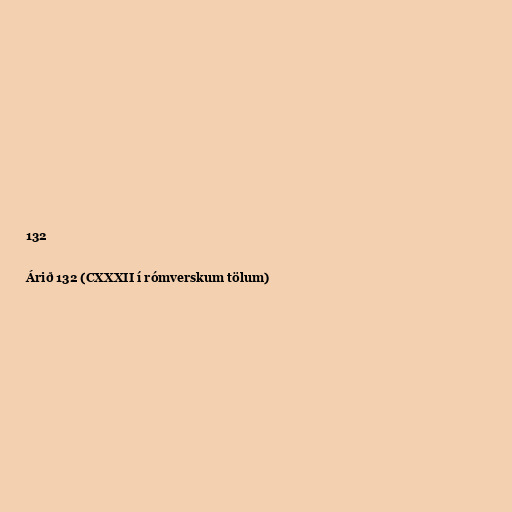
132

Árið 132 (CXXXII í rómverskum tölum)